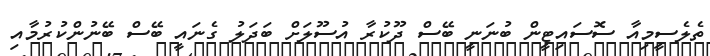
ތެލެސީމިއާ ސޮސައިޓީން ބުނަނީ ބޭސް ދޫކުރާ އުސޫލަށް ބަދަލު ގެނައީ ބޭސް ބޭނުންކުރުމާއި